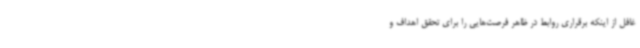
غافل از اینکه برقراری روابط در ظاهر فرصت‌هایی را برای تحقق اهداف و